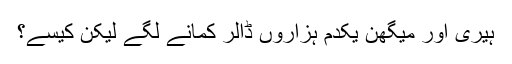
ہیری اور میگھن یکدم ہزاروں ڈالر کمانے لگے لیکن کیسے؟